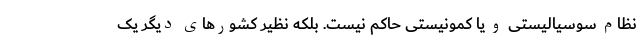
نظام سوسیالیستی و یا کمونیستی حاکم نیست. بلکه نظیر کشورهای دیگر یک